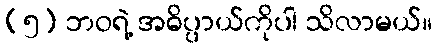
(၅) ဘဝရဲ့ အဓိပ္ပာယ်ကိုပါ သိလာမယ်။